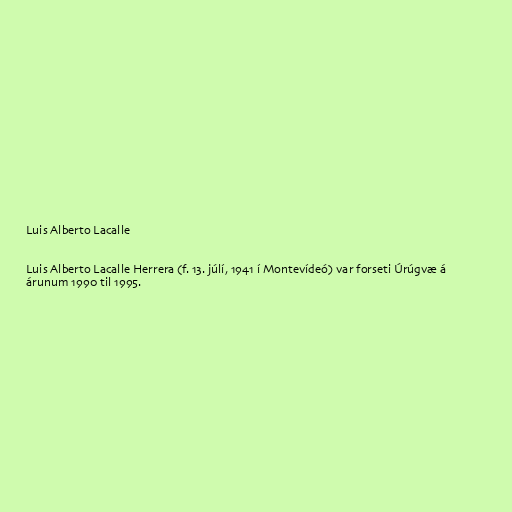
Luis Alberto Lacalle

Luis Alberto Lacalle Herrera (f. 13. júlí, 1941 í Montevídeó) var forseti Úrúgvæ á
árunum 1990 til 1995.